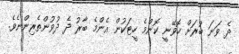
ދެ ވަނަ ބުރަށް ހޮވޭނީ ކޮންމެ ހީޓަކުން އެންމެ ބާރު ދެ ދުވުންތެރިންނެވެ.